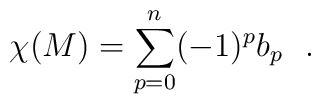
\chi (M) = \sum_{p=0}^{n} (-1)^p b_p\ \ .